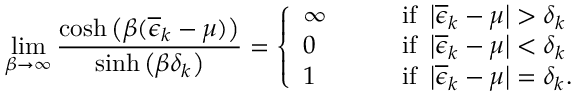
\operatorname* { l i m } _ { \beta \to \infty } \frac { \cosh \left( \beta ( \overline { { \epsilon } } _ { k } - \mu ) \right) } { \sinh \left( \beta \delta _ { k } \right) } = \left\{ \begin{array} { l l } { \infty \qquad } & { \mathrm { i f ~ } \left| \overline { { \epsilon } } _ { k } - \mu \right| > \delta _ { k } } \\ { 0 \qquad } & { \mathrm { i f ~ } \left| \overline { { \epsilon } } _ { k } - \mu \right| < \delta _ { k } } \\ { 1 \qquad } & { \mathrm { i f ~ } \left| \overline { { \epsilon } } _ { k } - \mu \right| = \delta _ { k } . } \end{array} \right.